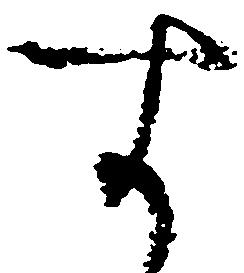
す